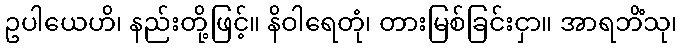
ဥပါယေဟိ၊ နည်းတို့ဖြင့်။ နိဝါရေတုံ၊ တားမြစ်ခြင်းငှာ။ အာရဘိံသု၊